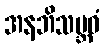
အနဘိသမ္ဘဝံ